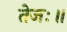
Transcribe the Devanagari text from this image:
तेजः॥